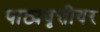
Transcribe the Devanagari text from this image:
पाठ्यवृत्तीवर